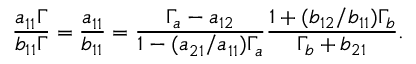
\frac { a _ { 1 1 } \Gamma } { b _ { 1 1 } \Gamma } = \frac { a _ { 1 1 } } { b _ { 1 1 } } = \frac { \Gamma _ { a } - a _ { 1 2 } } { 1 - ( a _ { 2 1 } / a _ { 1 1 } ) \Gamma _ { a } } \frac { 1 + ( b _ { 1 2 } / b _ { 1 1 } ) \Gamma _ { b } } { \Gamma _ { b } + b _ { 2 1 } } .